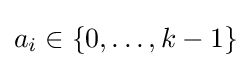
a_{i}\in \{0,\dots ,k-1\}